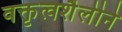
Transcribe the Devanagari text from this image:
वक्तृत्वशैलीने